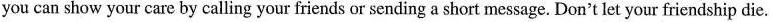
you can show your care by calling your friends or sending a short message. Don't let your friendship die.